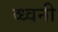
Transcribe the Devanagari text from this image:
व्ध्वनी